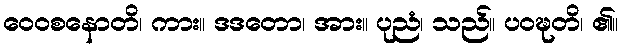
ဝေဝစနောတိ၊ ကား။ ဒဒတော၊ အား။ ပုညံ၊ သည်။ ပဝဍ္ဎတိ၊ ၏။